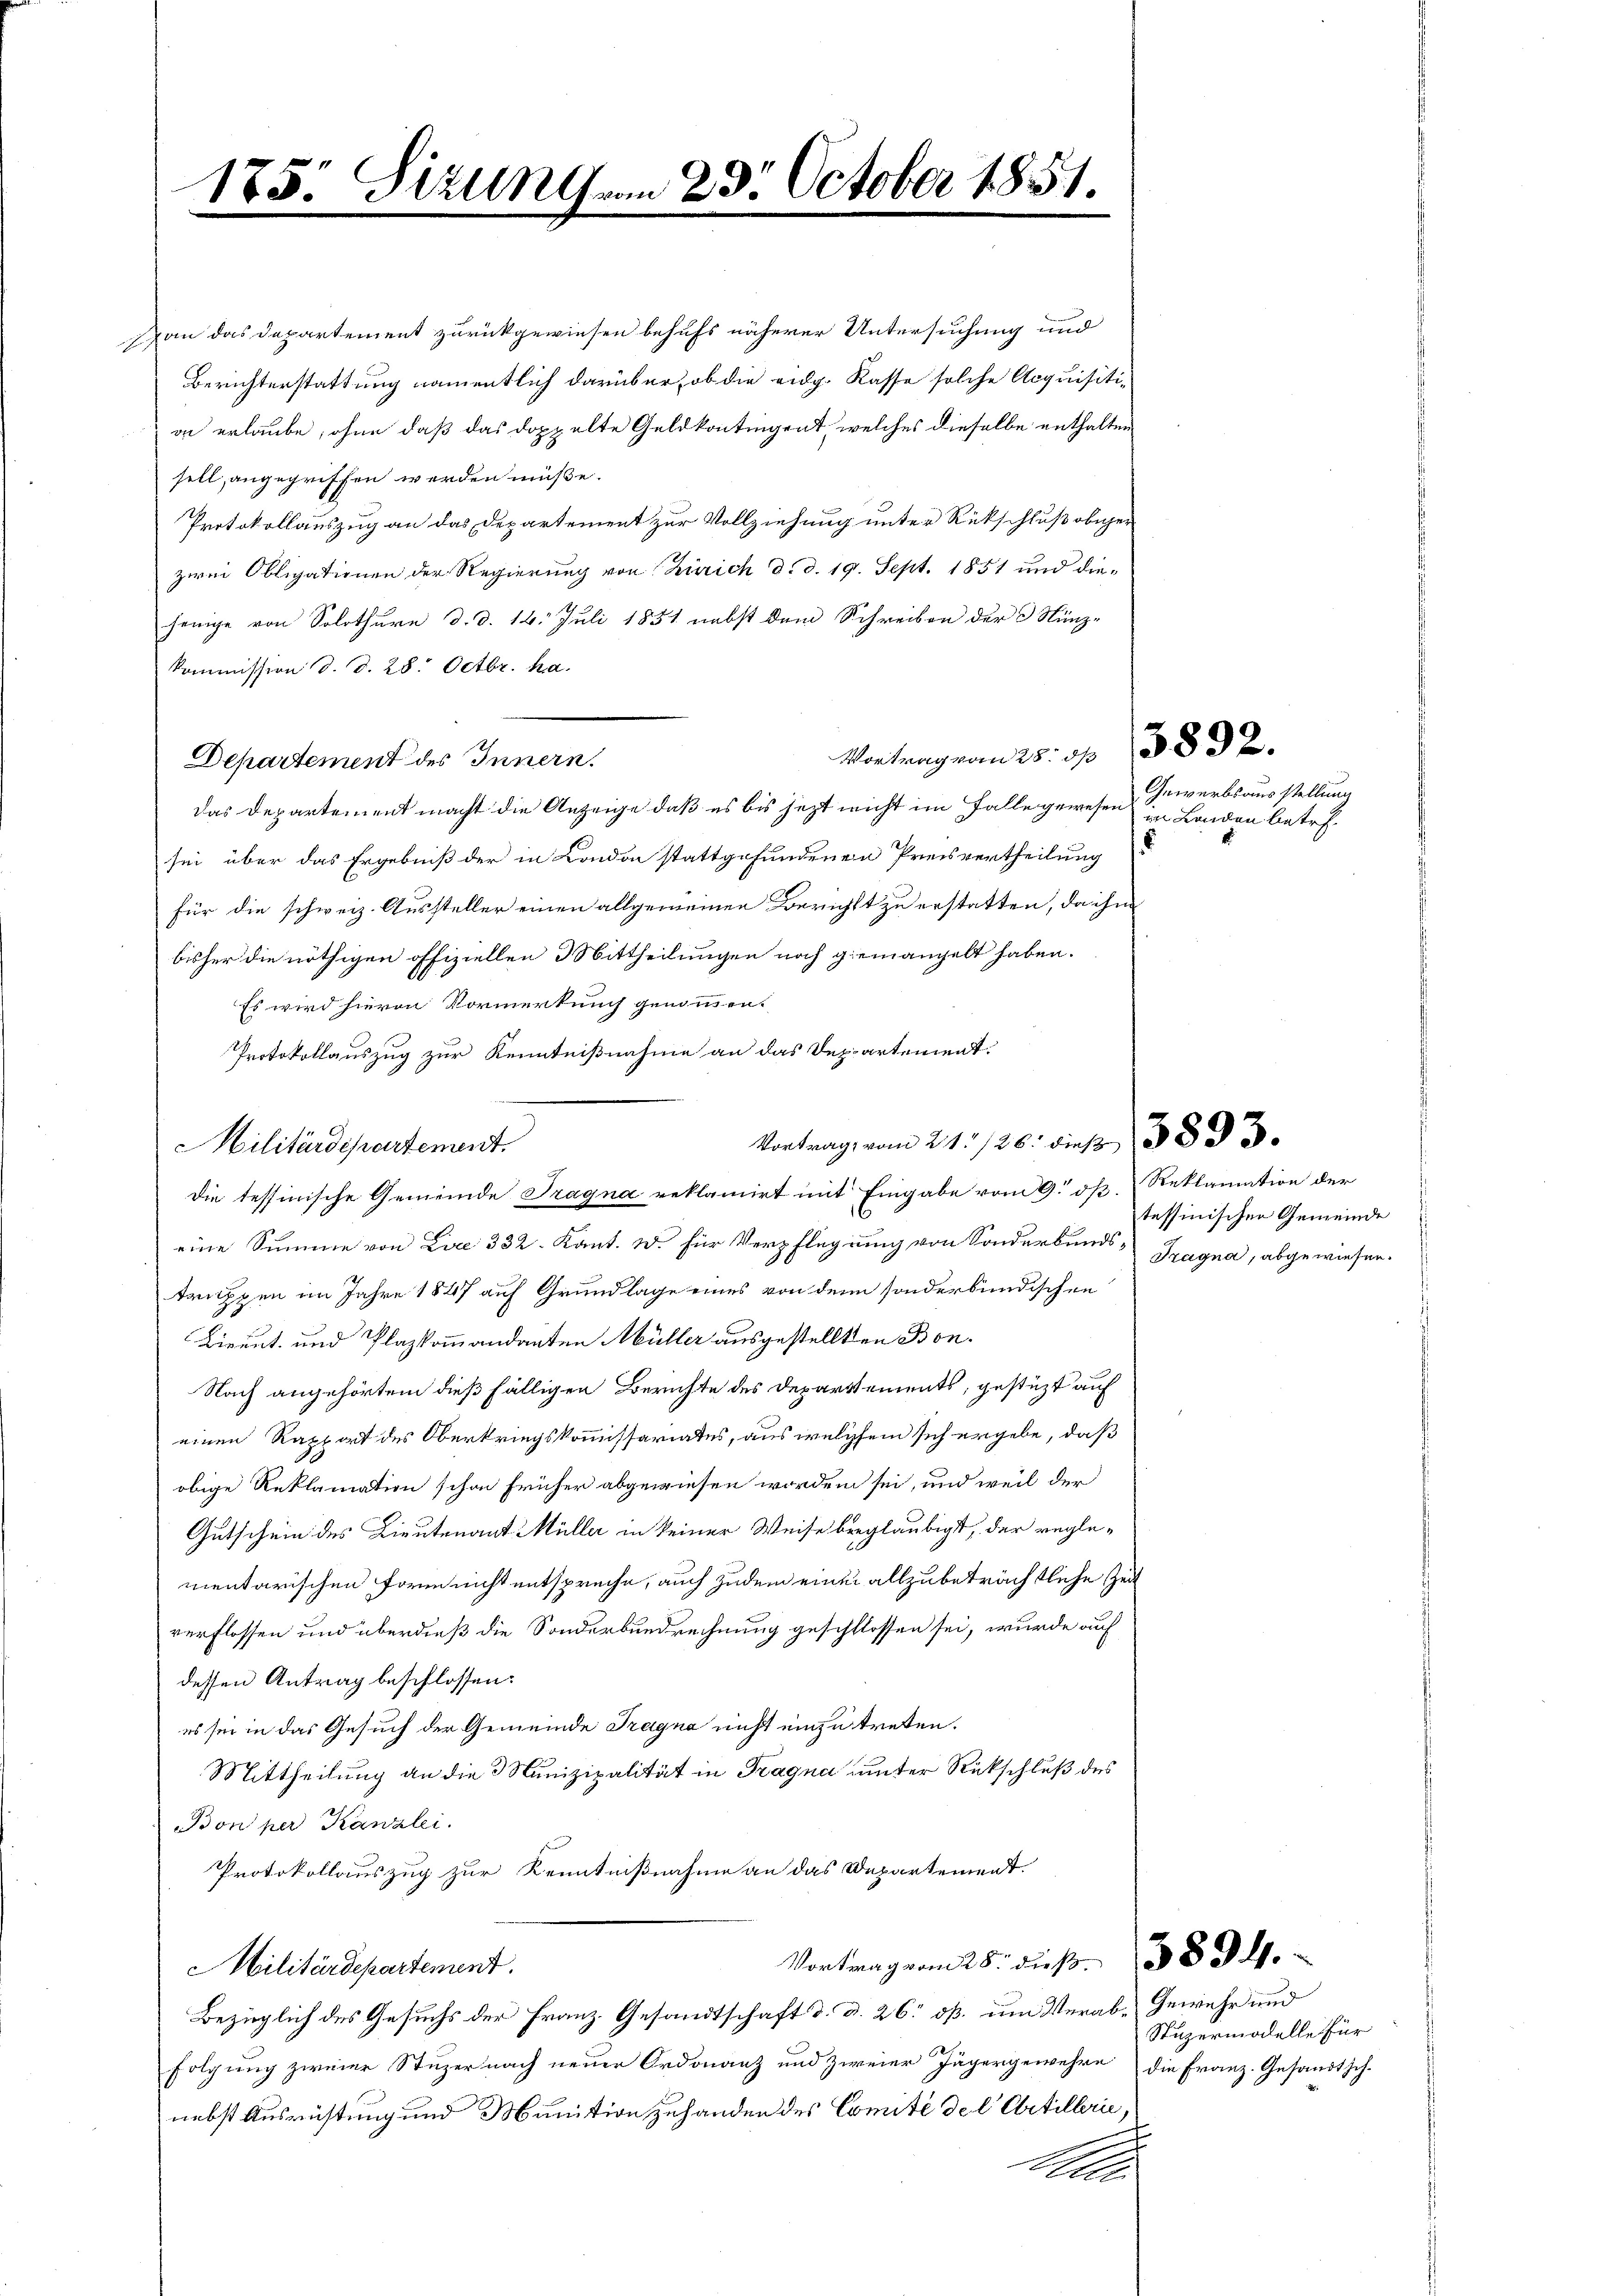
15

Dan das Departement zurückgewiesen behufs näherer Untersuchung und
Berichterstattung namentlich darüber, ob die eidg. Kasse solche Acquisiti-
on erlaube, ohne daß das doppelte Geldkontingent, welches dieselbe enthalten
selt, angegriffen werden müße.
Protokollauszug an das Departement zur Vollziehung unter Rückschluß obiger
zwei Obligationen der Regierung von Zürich d. d. 19. Sept. 1851 und diejenige von Solothurn d. d. 14. Juli 1851 nebst dem Schreiben der 3 Nünz-
kommission d. d. 28. Octbr. ha
Vortrag von 15 f 3892.
Departement des Innern.
Das Departement macht die Anzeige, daß es bis jezt nicht im Falle gewesen in Landen betrefsei über das Ergebniß der in London stattgefundenen Preisvertheilung
für die schweiz. Aussteller einen allgemeinen Berichtt zu erstatten, da ihm
bisher die nöthigen offiziellen Mittheilungen noch giemanchelt haben.
Es wird hievon Vormerkunch genommen.
Protokollauszug zur Kenntnißnahme an das Departement.
Militärdepartement.
die tessinische Gemeinde Tragna reklamirt mit Eingabe vom 9. dß. Reklamation der
eine Summe von Lue 332. Kant. W. für Verpflegung von Sonderbunds- Tragna, abgewiesen.
truppen im Jahre 1847 auf Grundlage eines von den sonderbundischen
Lireut und Plazkommandanten Müller ausgestellten Bon¬
Nach angehörtem dieß fälligen Berichte des Departements, gestüzt auf
einen Rappart des Oberkriegskommissariates, aus welchem sich ergebe, daß
obige Reklamation schon früher abgewiesen worden sei, und weil der
Gutschein des Lieutenant Müller in keiner Weise beglaubigt, der reglementarischen Form nicht entspreche, auch zudem einer allzubeträchtliche Zeit
verflossen und überdieß die Sonderbundrechnung geschlossen sei, wurde auf
dessen Antrag beschlossen:
es sei in das Gesuch der Gemeinde Tragna nicht einzutreten.
Mittheilung an die 3 Munizipalität in Tragna unter Rückschluß des
Bon per Kanzlei.
Protokollauszug zur Kenntnißnahme an das Departement.
Vortrag vom 28. dieß. 3894.
Militärdepartement.
Bezüglich des Gesuchs der Franz. Gesandtschaft d. d. 26. ß. um Verab-Gewehr und
folgung zweier Stuzer nach neuer Ordonanz und zweier Jägergewehre die Franz. Gesandtsch-
nebst Ausrichtung und Munition zuhanden des Comité del Artillerie,
t
A

5. Sizung am 23. October 1851.

Vortrag vom 21./26. dieß 1883.

Gewerbsausstellung

tessinischen Gemeinde

Stuzermodelle für